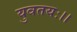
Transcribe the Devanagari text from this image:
युवतयः।।